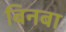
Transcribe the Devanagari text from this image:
बिनबा